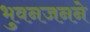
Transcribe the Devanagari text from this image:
भुवनजनने